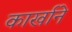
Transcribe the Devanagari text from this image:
कार्खाने